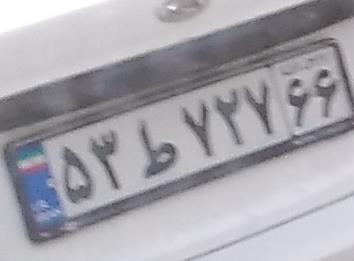
۵۳ط۷۲۷۶۶